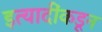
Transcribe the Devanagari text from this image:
इत्यादींकडून